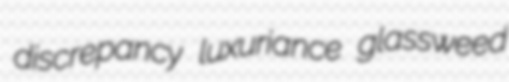
discrepancy luxuriance glassweed